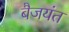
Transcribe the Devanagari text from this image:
बैजयंत